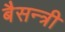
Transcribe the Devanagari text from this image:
बैसन्त्री